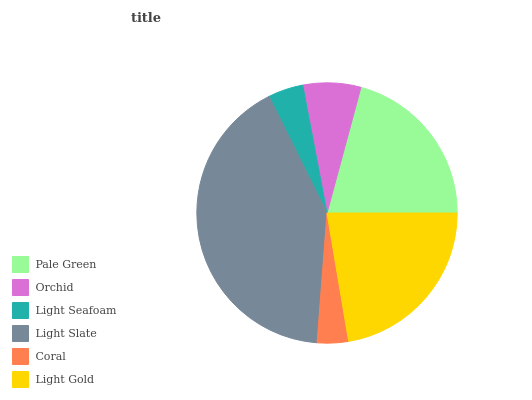
| Pale Green | Orchid | Light Seafoam | Light Slate | Coral | Light Gold |
 | --- | --- | --- | --- | --- | --- |
 | 20.9% | 7.18% | 4.38% | 41.4% | 3.87% | 22.3% |